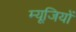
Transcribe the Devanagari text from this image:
म्यूजियों